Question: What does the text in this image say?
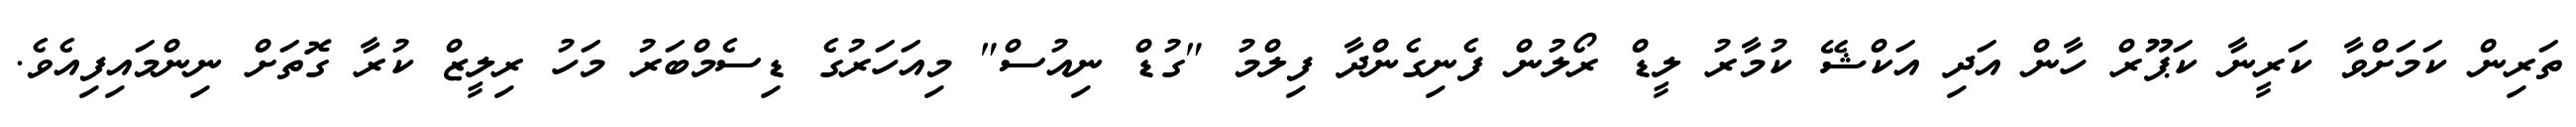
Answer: ތަރިން ކަމަށްވާ ކަރީނާ ކަޕޫރް ހާން އަދި އަކްޝޭ ކުމާރު ލީޑް ރޯލުން ފެނިގެންދާ ފިލްމު "ގުޑް ނިއުސް" މިއަހަރުގެ ޑިސެމްބަރު މަހު ރިލީޒް ކުރާ ގޮތަށް ނިންމައިފިއެވެ.